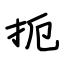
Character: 扼